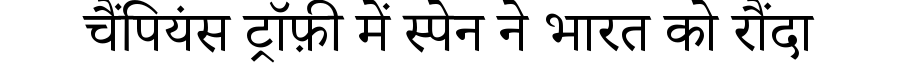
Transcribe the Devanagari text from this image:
चैंपियंस ट्रॉफ़ी में स्पेन ने भारत को रौंदा